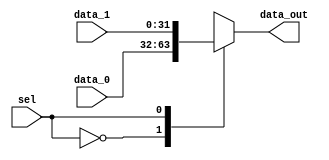
module mux_Mem_WD (
    input wire          sel,
    input wire  [31:0] data_0,
    input wire  [31:0] data_1,
    output reg [31:0] data_out
);
    always @(*) begin
        case (sel)
            1'd0: data_out = data_0;
            1'd1: data_out = data_1;
        endcase 
    end 

endmodule